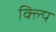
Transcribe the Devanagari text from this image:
क्ल्पि